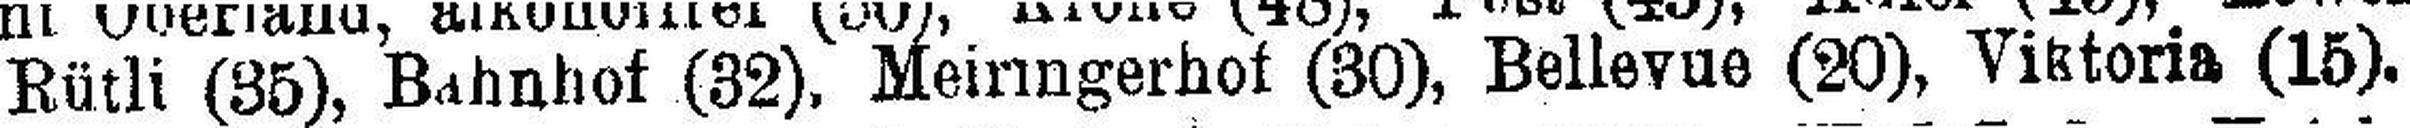
Rütli (35), Bahnhof (32), Meirmgerhof (30), Bellevue (20), Viktoria (15).